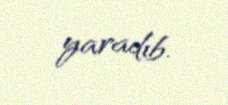
yaradıb.